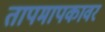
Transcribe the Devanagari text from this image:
तापमापकावर